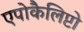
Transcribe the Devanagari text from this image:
एपोकैलिप्टो